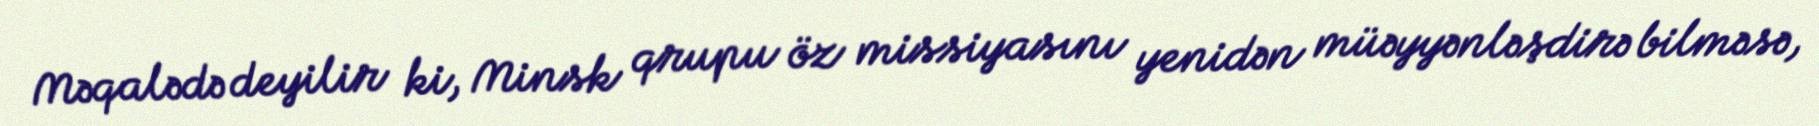
Məqalədə deyilir ki, Minsk qrupu öz missiyasını yenidən müəyyənləşdirə bilməsə,